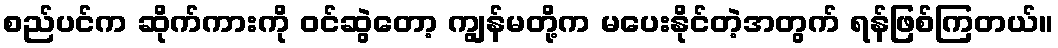
စည်ပင်က ဆိုက်ကားကို ဝင်ဆွဲတော့ ကျွန်မတို့က မပေးနိုင်တဲ့အတွက် ရန်ဖြစ်ကြတယ်။